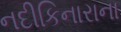
નદીકિનારાના